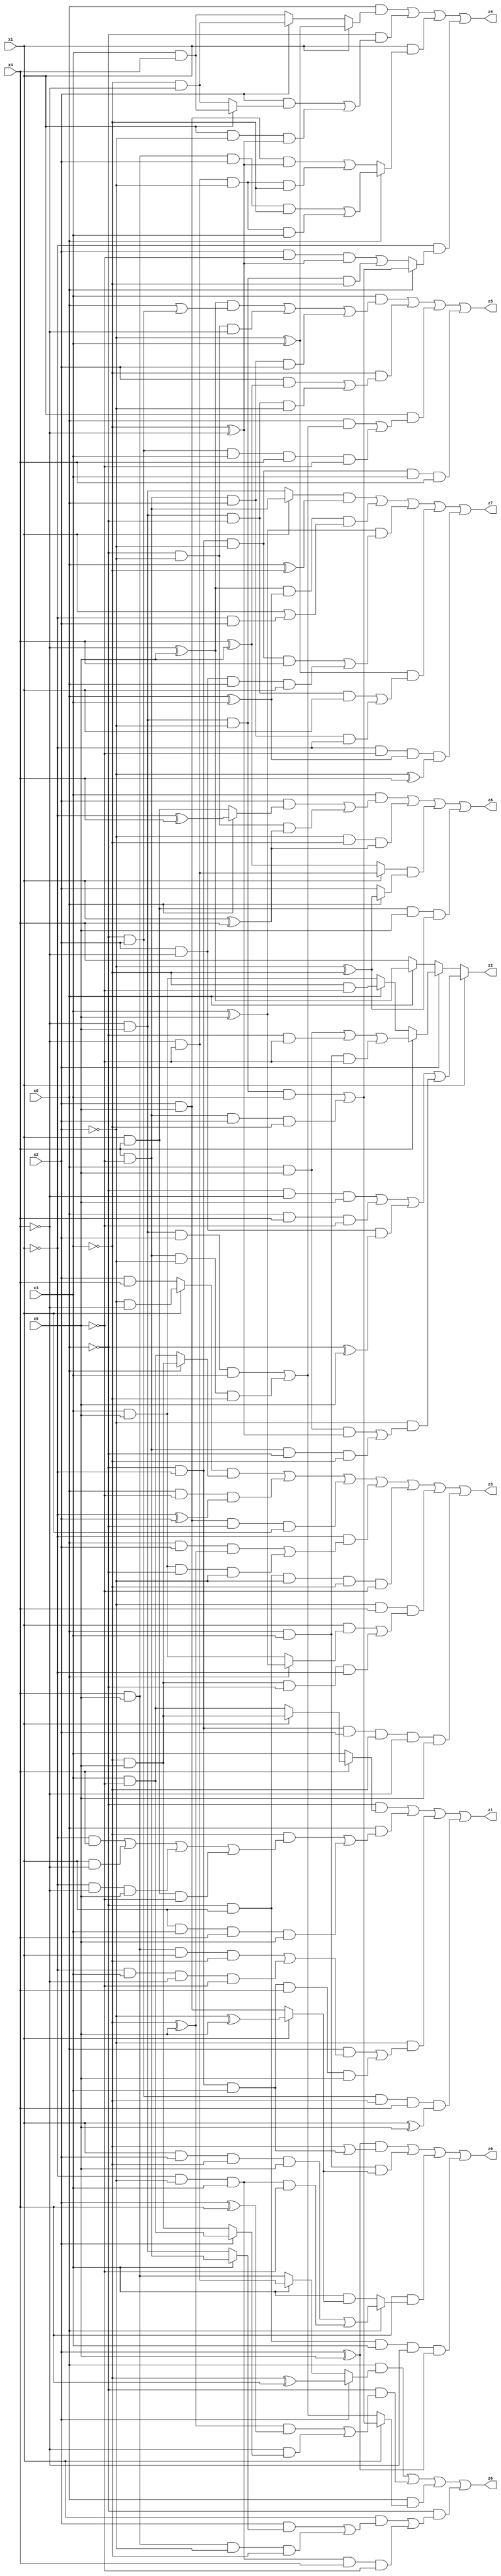
// Benchmark "X_80" written by ABC on Mon Jun 05 23:05:56 2023

module X_80 ( 
    x0, x1, x2, x3, x4, x5,
    z0, z1, z2, z3, z4, z5, z6, z7, z8  );
  input  x0, x1, x2, x3, x4, x5;
  output z0, z1, z2, z3, z4, z5, z6, z7, z8;
  assign z0 = ((x2 ^ x5) & (~x3 | (~x0 & ~x1 & x3))) | (x0 & x3 & (x1 ? (~x2 ^ x5) : (x2 & x5))) | (x4 & (x0 ? ((x1 & x2 & ~x3 & x5) | (~x1 & ~x2 & x3 & ~x5)) : (x3 & (x1 ? (~x2 ^ x5) : (x2 & x5))))) | (~x0 & x1 & x3 & ~x4 & (x2 ^ x5));
  assign z1 = (~x0 & (x4 ? (x1 ? (~x3 & x5) : (x3 & ~x5)) : x3)) | (x0 & ((~x3 & ((~x1 & x4) | (x1 & ~x4) | (~x1 & ~x4 & x5) | (x1 & x4 & ~x5))) | (x1 & x3 & x4 & x5))) | (~x2 & ((x0 & ((x4 & x5 & x1 & ~x3) | (~x1 & x3 & ~x4 & ~x5))) | (~x0 & ~x1 & x3 & x4 & x5))) | (~x0 & x2 & ~x3 & x4 & (x1 ^ x5));
  assign z2 = x1 ? ((~x0 & ~x4 & x5) | (x0 & x4 & ~x5) | (x2 & ~x4 & (~x0 ^ x5)) | (~x2 & ((x0 & x5 & (~x3 ^ ~x4)) | (x4 & ~x5 & ~x0 & ~x3)))) : (x2 ? (x4 ? ((x0 & x5) | (~x0 & ~x5) | (x0 & x3 & ~x5)) : (x0 ? (~x3 & ~x5) : (x3 & x5))) : (x0 ? (~x4 ^ x5) : x4));
  assign z3 = ((x1 ? (~x2 & ~x4) : (x2 & x4)) & (x0 ? (~x3 & x5) : (x3 & ~x5))) | (x0 & ~x5 & (~x1 ^ x2)) | (x2 & x5 & ~x0 & x1) | (~x1 & ((x0 & x2 & (~x3 ^ x5)) | (x3 & x5 & ~x0 & ~x2))) | (~x0 & x1 & ~x2 & ~x3 & ~x5) | (~x2 & x4 & ((x1 & (x0 ? (x3 ^ x5) : (x3 & x5))) | (~x3 & x5 & ~x0 & ~x1))) | (~x0 & ~x1 & x2 & ~x3 & ~x4 & x5);
  assign z4 = (x0 & (x1 ? (~x2 ^ x3) : (x2 ? (~x3 & ~x4) : (x3 & x4)))) | (~x0 & ((x2 & (x1 ? (x3 & x4) : (~x3 & ~x4))) | (x1 & ~x2 & (~x3 ^ ~x4)))) | (x1 & (x0 ? ((x4 & x5 & x2 & ~x3) | (~x4 & ~x5 & ~x2 & x3)) : ((x2 & x5 & (~x3 ^ ~x4)) | (~x4 & ~x5 & ~x2 & ~x3)))) | (~x1 & (x0 ? ((~x4 & x5 & ~x2 & x3) | (x4 & ~x5 & x2 & ~x3)) : ((x2 & ~x5 & (~x3 ^ ~x4)) | (~x4 & x5 & ~x2 & ~x3))));
  assign z5 = (x3 & (((~x4 ^ x5) & (x0 | (~x0 & x2))) | (~x0 & ~x2 & ~x4) | (x4 & ~x5 & x0 & x2))) | (~x3 & ((x2 & (x4 ^ x5)) | (~x4 & x5 & ~x0 & ~x2))) | (x1 & ((x0 & ((~x4 & x5 & x2 & x3) | (x4 & ~x5 & ~x2 & ~x3))) | (~x0 & x2 & x3 & x4 & ~x5))) | (~x0 & ~x1 & ~x2 & x3 & x4);
  assign z6 = (x0 & (x2 ? (~x3 ^ x4) : (x3 ? (~x4 & ~x5) : (x4 & x5)))) | (~x0 & (((~x3 ^ x5) & (x2 ^ x4)) | (~x4 & (x2 ? (x3 & ~x5) : (~x3 & x5))))) | (x0 & (x1 ? ((~x4 & x5 & ~x2 & x3) | (x4 & ~x5 & x2 & ~x3)) : ((~x4 & x5 & x2 & x3) | (x4 & ~x5 & ~x2 & ~x3)))) | (~x0 & ((x1 & ((x2 & (x3 ? (x4 & ~x5) : (~x4 & x5))) | (x4 & x5 & ~x2 & ~x3))) | (~x1 & ~x2 & x3 & x4 & ~x5)));
  assign z7 = ((x1 ? (x4 & ~x5) : (~x4 & x5)) & (x0 ^ ~x3)) | ((~x4 ^ x5) & (x0 ^ x3) & (x1 | (~x1 & x2))) | ((x3 ^ x5) & ((~x0 & ~x1 & ~x2 & x4) | (x2 & ~x4 & x0 & x1))) | ((~x2 ^ x3) & ((~x4 & x5 & ~x0 & x1) | (x4 & ~x5 & x0 & ~x1))) | (~x1 & ~x5 & (x0 ^ x3) & (~x2 ^ x4));
  assign z8 = (x3 & ((x2 & (x0 ? (~x1 ^ x4) : (x1 & x4))) | (~x0 & ~x2 & (x1 ^ x4)))) | (~x2 & ~x3 & (x1 ^ x4)) | ((x1 ? (~x4 & ~x5) : (x4 ^ x5)) & (x0 ? (~x2 ^ ~x3) : x2)) | (x1 & x4 & x5 & (~x2 ^ ~x3));
endmodule